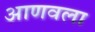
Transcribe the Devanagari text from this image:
आणवला